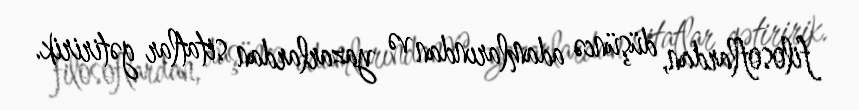
filosoflardan, düşüncə adamlarından və yazarlardan sitatlar gətiririk.